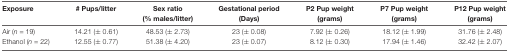
| Exposure | # Pups/litter | Sex ratio (% males/litter) | Gestational period (Days) | P2 Pup weight (grams) | P7 Pup weight (grams) | P12 Pup weight (grams) |
 | --- | --- | --- | --- | --- | --- | --- |
 | Air (n = 19) | 14.21 (± 0.61) | 48.53 (± 2.73) | 23 (± 0.08) | 7.92 (± 0.26) | 18.12 (± 1.99) | 31.76 (± 2.48) |
 | Ethanol (n = 22) | 12.55 (± 0.77) | 51.38 (± 4.20) | 23 (± 0.07) | 8.12 (± 0.30) | 17.94 (± 1.46) | 32.42 (± 2.07) |